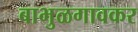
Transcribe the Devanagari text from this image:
बाभुळगावकर